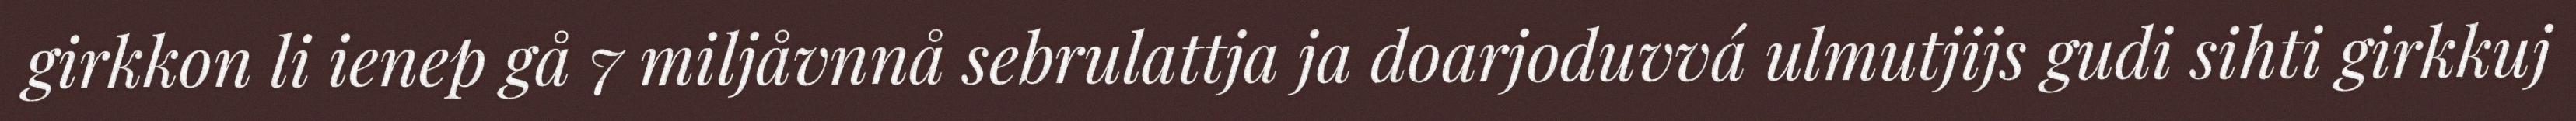
girkkon li ienep gå 7 miljåvnnå sebrulattja ja doarjoduvvá ulmutjijs gudi sihti girkkuj